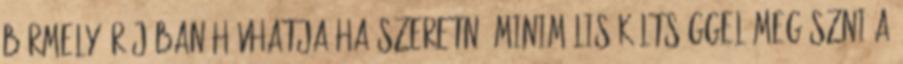
bármely órájában hívhatja Ha szeretné minimális költséggel megúszni a